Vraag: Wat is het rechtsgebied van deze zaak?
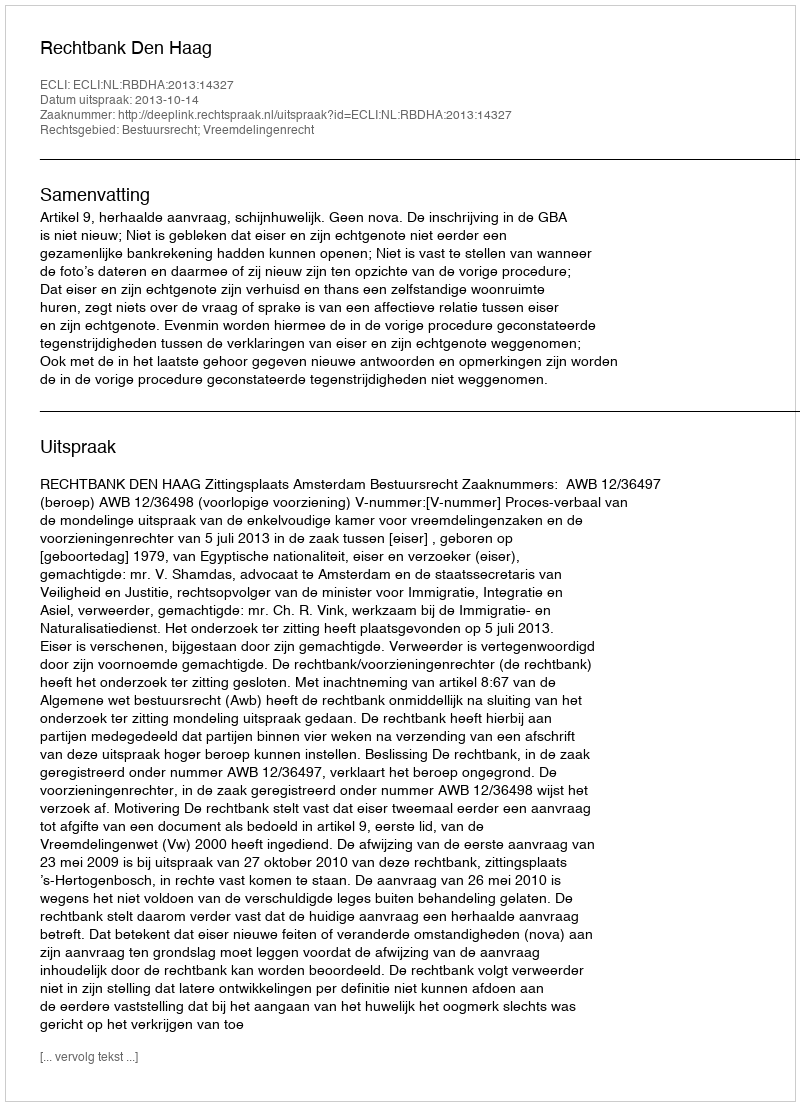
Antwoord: Bestuursrecht; Vreemdelingenrecht